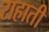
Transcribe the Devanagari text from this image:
राहाती